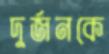
দুর্জনকে